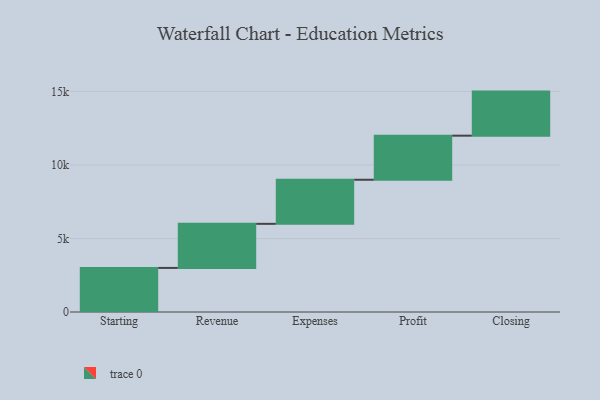
{"axis": {"x": "Step", "y": "Value"}, "legend": [""], "data": [{"x": "Starting", "y": 3000, "type": ""}, {"x": "Revenue", "y": 3000, "type": ""}, {"x": "Expenses", "y": 3000, "type": ""}, {"x": "Profit", "y": 3000, "type": ""}, {"x": "Closing", "y": 3000, "type": ""}]}